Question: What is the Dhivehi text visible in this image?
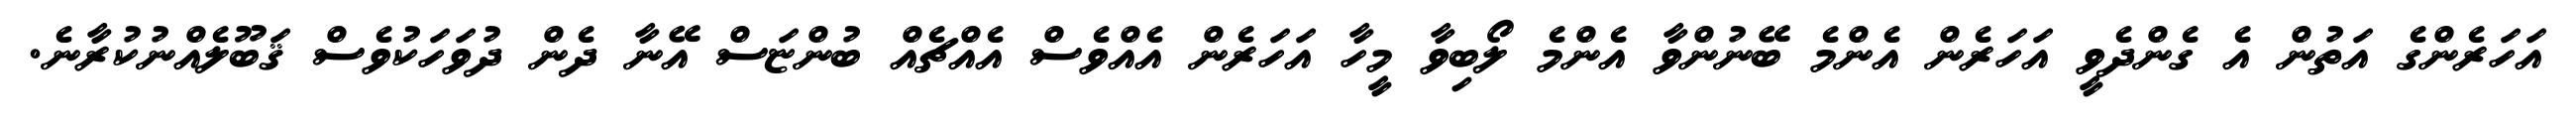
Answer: އަހަރެންގެ އަތުން އެ ގެންދެވީ އަހަރެން އެންމެ ބޭނުންވާ އެންމެ ލޯބިވާ މީހާ އަހަރެން އެއްވެސް އެއްޗެއް ބުންޏަސް އޭނާ ދެން ދުވަހަކުވެސް ޤަބޫލެއްނުކުރާނެ.